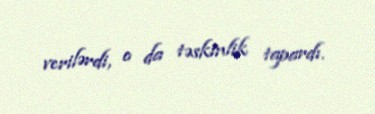
verilərdi, o da təskinlik tapardı.